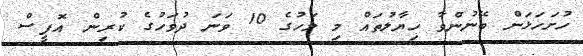
ހުށަހަޅަން ބޭނުންވާ ހިޔާލުތައް މި މަހުގެ 10 ވަނަ ދުވަހުގެ ކުރިން އޮފީސް